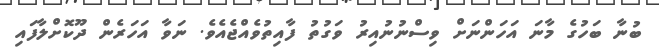
ބުނާ ބަހުގެ މާނަ އަހަންނަށް ވިސްނުނުއިރު ވަގުތު ފާއިތުވެއްޖެއެވެ. ނަވާ އަހަރެން ދޫކޮށްލާފައި